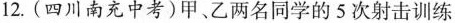
12.（四川南充中考）甲、乙两名同学的5次射击训练